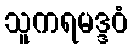
သူကရမဒ္ဒဝံ